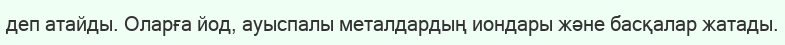
деп атайды. Оларға йод, ауыспалы металдардың иондары және басқалар жатады.